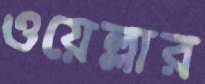
ওয়েল্লার